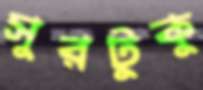
সুরটুকু